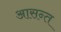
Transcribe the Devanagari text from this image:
आसन्त